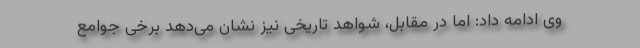
وی ادامه داد: اما در مقابل، شواهد تاریخی نیز نشان می‌دهد برخی جوامع